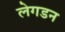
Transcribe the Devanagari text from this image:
लेगडन